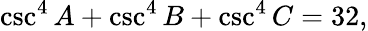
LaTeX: \csc^{4}A+\csc^{4}B+\csc^{4}C=32,